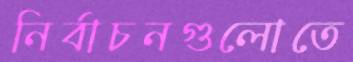
নির্বাচনগুলোতে